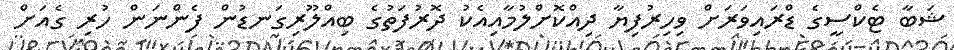
ޝަބާ ޓެކްސީގެ ޑްރައިވަރަށް ވިހިރުފިޔާ ދިއްކޮށްލުމާއިއެކު ދޮރުފަތުގެ ބިއްލޫރިގަނޑުން ފެންނަން ހުރި ގެއަށް